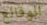
الوقائع